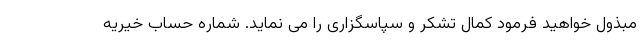
مبذول خواهید فرمود کمال تشکر و سپاسگزاری را می نماید. شماره حساب خیریه